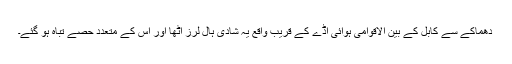
دھماکے سے کابل کے بین الاقوامی ہوائی اڈے کے قریب واقع یہ شادی ہال لرز اُٹھا اور اس کے متعدد حصے تباہ ہو گئے۔